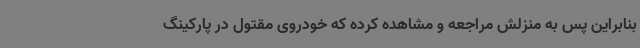
بنابراین پس به منزلش مراجعه و مشاهده کرده که خودروی مقتول در پارکینگ